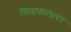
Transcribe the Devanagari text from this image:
सिताफालावर